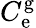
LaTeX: C_{\mathrm{e}}^{\mathrm{g}}